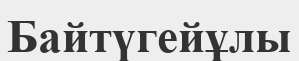
Байтүгейұлы